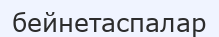
бейнетаспалар